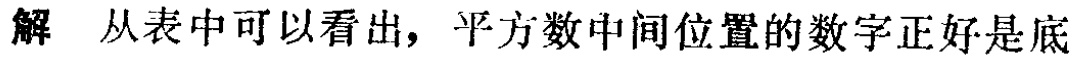
解 从表中可以看出，平方数中间位置的数字正好是底